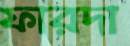
ফারদা